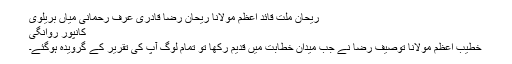
ریحان ملت قائد اعظم مولانا ریحان رضا قادری عرف رحمانی میاں بریلوی
کانپور روانگی
خطیب اعظم مولانا توصیف رضا نے جب میدان خطابت میں قدیم رکھا تو تمام لوگ آپ کی تقریر کے گرویدہ ہوگئے۔